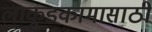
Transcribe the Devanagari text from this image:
लाकूडकामासाठी